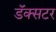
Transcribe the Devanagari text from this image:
डॅक्सटर